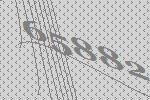
65882